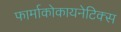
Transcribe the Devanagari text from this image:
फार्माकोकायनेटिक्स